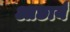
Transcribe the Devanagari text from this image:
आछार्य